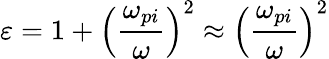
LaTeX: \varepsilon=1+\left(\frac{\omega_{pi}}{\omega}\right)^{2}\approx\left(\frac{\omega_{pi}}{\omega}\right)^{2}